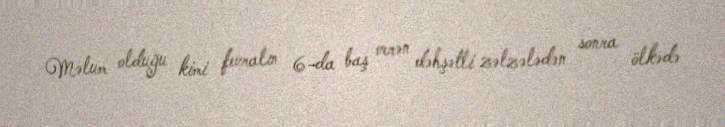
Məlum olduğu kimi fevralın 6-da baş verən dəhşətli zəlzələdən sonra ölkədə